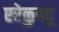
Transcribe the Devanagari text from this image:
एरेळुपदू